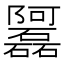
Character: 𲉦